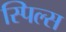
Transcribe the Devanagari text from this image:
स्पिल्स